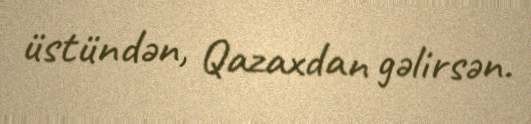
üstündən, Qazaxdan gəlirsən.